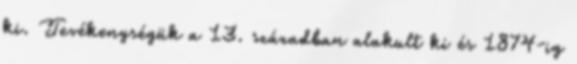
ki. Tevékenységük a 13. században alakult ki és 1874-ig